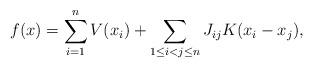
LaTeX: \begin{align*}f(x) &= \sum_{i=1}^n V(x_i) + \sum_{1 \le i < j \le n} J_{ij} K(x_i-x_j), \end{align*}